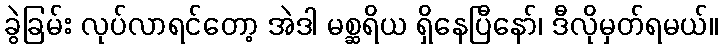
ခွဲခြမ်း လုပ်လာရင်တော့ အဲဒါ မစ္ဆရိယ ရှိနေပြီနော်၊ ဒီလိုမှတ်ရမယ်။